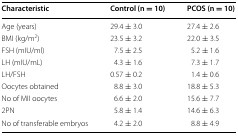
| Characteristic | Control (n = 10) | PCOS (n = 10) |
 | --- | --- | --- |
 | Age (years) | 29.4 ± 3.0 | 27.4 ± 2.6 |
 | BMI (kg/m2) | 23.5 ± 3.2 | 22.0 ± 3.5 |
 | FSH (mIU/ml) | 7.5 ± 2.5 | 5.2 ± 1.6 |
 | LH (mIU/mL) | 4.3 ± 1.6 | 7.3 ± 1.7 |
 | LH/FSH | 0.57 ± 0.2 | 1.4 ± 0.6 |
 | Oocytes obtained | 8.8 ± 3.0 | 18.8 ± 5.3 |
 | No of MII oocytes | 6.6 ± 2.0 | 15.6 ± 7.7 |
 | 2PN | 5.8 ± 1.4 | 14.6 ± 6.3 |
 | No of transferable embryos | 4.2 ± 2.0 | 8.8 ± 4.9 |